Medical and sanitary report of the native army of Bengal for the year
Year: 1875
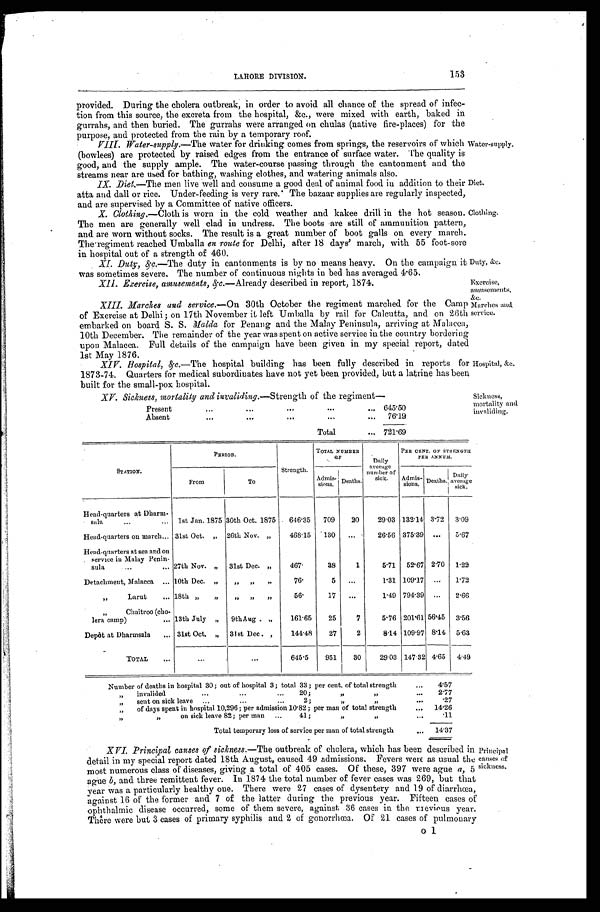
Duty, &c.
Exercise,
amusements, &c.
153
LAHORE DIVISION.
provided. During the cholera outbreak, in order to avoid all chance of the spread of infec
-tion from this source, the excreta from the hospital, &c., were mixed with earth, baked in
gurrahs, and then buried. The gurrahs were arranged on chulas (native fire-places) for the
purpose, and protected from the rain by a temporary roof.
VIII. Water-supply.—The water for drinking comes from springs, the reservoirs of' which
(bowlees) are protected by raised edges from the entrance of surface water. The quality is
good, and the supply ample. The water-course passing through the cantonment and the
streams near are used for bathing, washing clothes, and watering animals also.
IX Diet.—The men live well and consume a good deal of animal food in addition to their
atta and dall or rice. Under-feeding is very rare. The bazaar supplies are regularly inspected
and are supervised by a Committee of native officers.
Water-supply.
Diet.
X. Clothing.—Cloth is worn in the cold weather and kakee drill in the hot season.
The men are generally well clad in undress. The boots are still of ammunition pattern,
and are worn without socks. The result is a great number of boot galls on every march.
The regiment reached Umballa en route for Delhi, after 18 days' march, with 55 foot-sore
in hospital out of a strength of 460.
XI. Duty, &c.— The duty in cantonments is by no means heavy. On the campaign it
was sometimes severe. The number of' continuous nights in bed has averaged 4.65.
XII. Exercise, amusements, &c.— Already described in report, 1874.
XIII. Marches and service. —On 30th October the regiment marched for the Camp
of Exercise at Delhi; on 17th November it left Umballa by rail for Calcutta, and on 26th
embarked on board S. S. Malda for Penang and the Malay Peninsula, arriving at Malacca,
10th December. The remainder of the year was spent on active service in the country bordering
upon Malacca. Full details of the campaign have been given in my special report, dated
1st May 1876.
XIV. Hospital, &c.—The hospital building has been fully described in reports for
1873-74. Quarters for medical subordinates have not yet been provided, but a latrine has been
built for the small-pox hospital.
X V . S i c k n e s s , m o r t a l i t y a n d i n v a l i d i n g . —S
t r e n g t h o f t h e r e g i m e n t —
P r e s e n t . . .
645.50
Absent
.
.
.
76.19
Total . . . 721.69
Clothing.
Marches and
service.
Hospital, &c.
Sickness,
mortality and invaliding.
STATION.
PERIOD.
Strength.
TOTAL NUMBER.
OF
Daily
average number of sick.
PER CENT. OF STRENGTH
PER ANNUM.
From
To
Admis-sions. Deaths.
Ad m
i s - s
ions. Deaths.
Daily
average
sick.
Head-quarters at Dharm
-sala . . . 1st Jan. 1875 30th Oct. 1875
646.35
709
20
29.03 132.14 3.72
3.09
Head-quarters on march . . . 31st Oct. "
26th Nov. "
468.15
130
. . .
26.56 375.39
. . .
5.67
Head-quarters at sea and on
service in Malay Penin
-sula . . . 27th Nov. "
31st Dec. "
467.
38
1
5.71
52.67 2.70
1.22
Detachment, Malacca . . . 10th Dec. "
" " "
76.
5
. . .
1.31 109.17
. . .
1.72
" Larut . . . 18th " "
" " "
56.
17
. . .
1.49 794.39
. . .
2.66
" Chaitroo (cho
- l e r a c a m p ) . . . 13th July "
9th Aug. "
161.65
25
7
5.76 201.61 56.45
3.56
Depôt at Dharmsala . . . 31st Oct. "
31st Dec . "
144.48
27
2
8.14 109.97 8.14
5.63
TOTAL . . .
. . .
. . .
645.5
951
30
29.03 147.32 4.65
4.49
Number of deaths in hospital 30; out of hospital 3; total 33; per cent. of total strength . . .
4.57
" i n v a l i d e d . . . 2 0 ; " " . . .
2.77
" s e n t o n s i c k l e a v e 2 ; " " . . .
.27
" of days spent in hospital 10,296; per admission 10.82 ; per man of total strength . . .
14.26
" " on sick leave 82; per man " 41; " " . . .
.11
Total temporary loss of service per man of total strength . . .
14.37
XVI. Principal causes of sickness. —The outbreak of cholera, which has been described in
detail in my special report dated 18th August, caused 49 admissions. Fevers were as usual the
most numerous class of diseases, giving a total of 405 cases. Of these, 397 were ague a, 5
ague b and three remittent fever. In 1874 the total number of fever cases was 269, but that
year was a particularly healthy one. There were 27 cases of dysentery and 19 of diarrhœea,
against 16 of the former and 7 of the latter during the previous year. Fifteen cases of
ophthalmic disease occurred, some of them severe, against 36 cases in the previous year.
There were but 3 cases of primary syphilis and 2 of gonorrhœa. Of 21 cases of pulmonary
Principal
causes of
sickness .